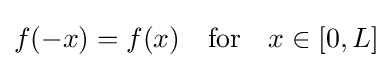
f(-x)=f(x)\quad {\text{for}}\quad x\in [0,L]